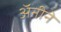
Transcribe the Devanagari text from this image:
अॅनीने